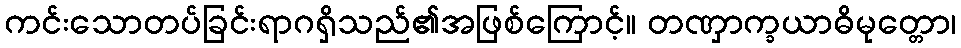
ကင်းသောတပ်ခြင်းရာဂရှိသည်၏အဖြစ်ကြောင့်။ တဏှာက္ခယာဓိမုတ္တော၊